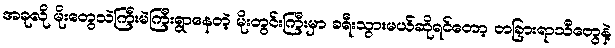
အခုလို မိုးတွေသဲကြီးမဲကြီးရွာနေတဲ့ မိုးတွင်းကြီးမှာ ခရီးသွားမယ်ဆိုရင်တော့ တခြားရာသီတွေနဲ့